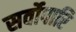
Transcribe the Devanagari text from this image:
सर्वोपारि